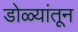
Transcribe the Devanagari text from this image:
डोळ्यांतून